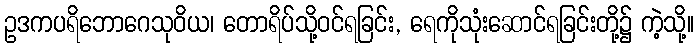
ဥဒကပရိဘောဂေသုဝိယ၊ တောရိပ်သို့ဝင်ရခြင်း, ရေကိုသုံးဆောင်ရခြင်းတို့၌ ကဲ့သို့။